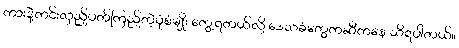
ကားနဲ့ကင်းလှည့်ပတ်ကြည့်တဲ့ပုံစံမျိုး တွေ့ရတယ်လို့ ဒေသခံတွေကဆီကနေ သိရပါတယ်။